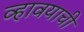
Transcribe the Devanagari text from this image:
व्हावयाची